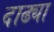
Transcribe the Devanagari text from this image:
दाढ्या